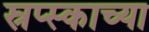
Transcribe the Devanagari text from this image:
स्रप्स्काच्या